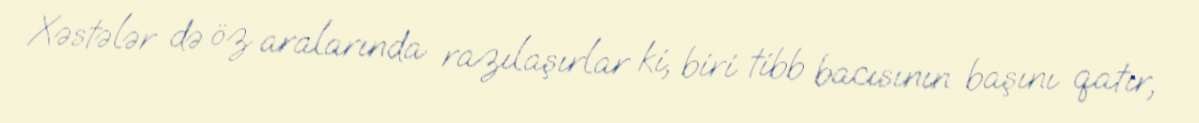
Xəstələr də öz aralarında razılaşırlar ki, biri tibb bacısının başını qatır,